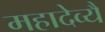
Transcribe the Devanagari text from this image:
महादेव्यै